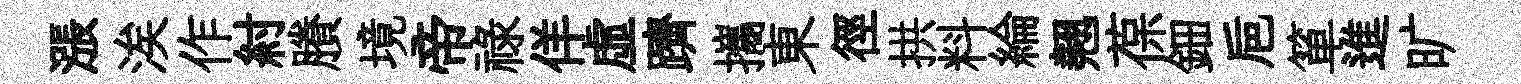
漲涘作紂賸境帝祿佯虚躋攜東徑拱料綸翹葆鈿巵箪進旷